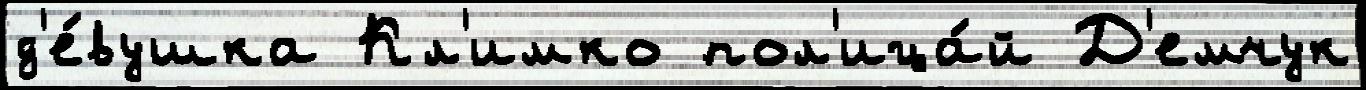
д'е́вушка Кл'имко пол'ица́й Д'емчук